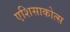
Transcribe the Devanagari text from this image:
एशिसाकोत्स